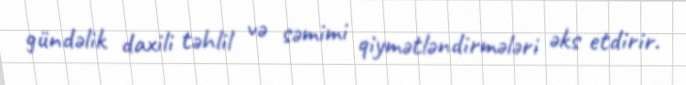
gündəlik daxili təhlil və səmimi qiymətləndirmələri əks etdirir.